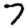
Digit: 7